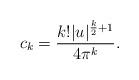
LaTeX: \begin{align*} c_k = \frac{k! |u|^{\frac{k}{2}+1}}{4 \pi^k}.\end{align*}